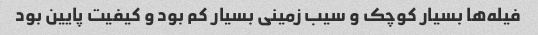
فیله‌ها بسیار کوچک و سیب زمینی بسیار کم بود و کیفیت پایین بود